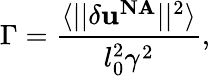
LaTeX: \Gamma=\frac{\langle||\delta\textbf{u}^{\mathrm{\textbf{NA}}}||^{2}\rangle}{l_{0}^{2}\gamma^{2}},